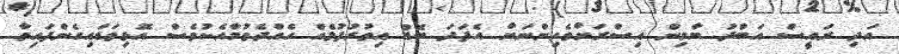
އަދި ރައީސް އަބްދު ޔާމިން އިސްރަށްވެހިންނަށް އެފަދަ ބޮޑު އިތުރުފުޅެއް ހެއްދެވުމާއެކުވެސް އޮޅިވަޑައިގެންފައިވާ